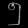
Digit: ၅